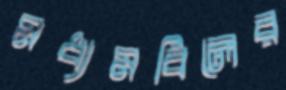
মধ্যমবিলের